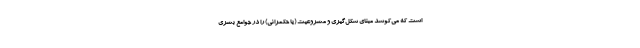
است که می‌کوشد مبنای شکل‌گیری و مشروعیت (یا حکمرانی) را در جوامع بشری